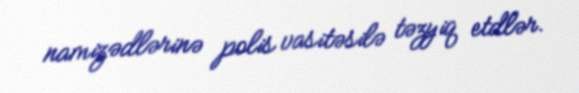
namizədlərinə polis vasitəsilə təzyiq etdlər.